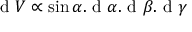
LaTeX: { \textrm { d } } V \propto \sin \alpha . { \textrm { d } } \alpha . { \textrm { d } } \beta . { \textrm { d } } \gamma